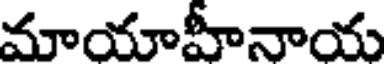
మాయాహీనాయ